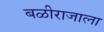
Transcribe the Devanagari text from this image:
बळीराजाला